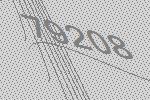
79208